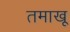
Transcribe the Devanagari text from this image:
तमाखू